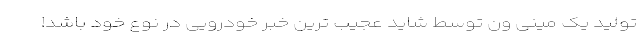
تولید یک مینی ون توسط شاید عجیب ترین خبر خودرویی در نوع خود باشد!